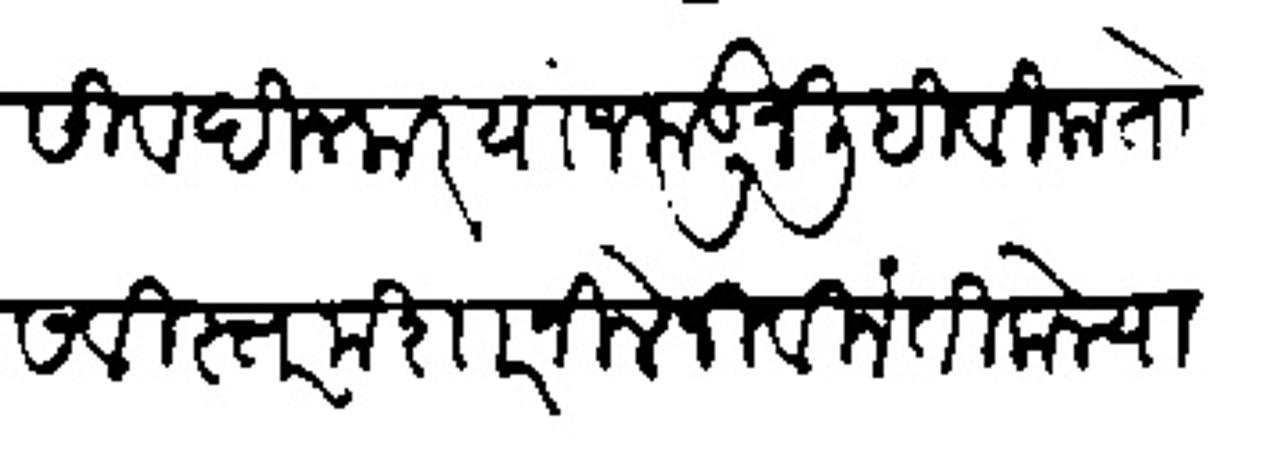
Transliteration (Devanagari): सदासिव दिनकर पांजकडून लिहिविला तो सविस्तर मझारनिलेनी विनंती केल्यावरून